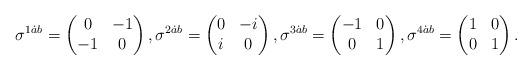
LaTeX: \begin{align*}\sigma^{1\dot ab}=\begin{pmatrix}0&-1\\-1&0\end{pmatrix},\sigma^{2\dot ab}=\begin{pmatrix}0&-i\\i&0\end{pmatrix},\sigma^{3\dot ab}=\begin{pmatrix}-1&0\\0&1\end{pmatrix},\sigma^{4\dot ab}=\begin{pmatrix}1&0\\0&1\end{pmatrix}.\end{align*}